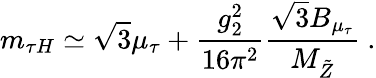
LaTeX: m_{\tau H}\simeq\sqrt{3}\mu_{\tau}+\frac{g_{2}^{2}}{16\pi^{2}}\frac{\sqrt{3}B_{\mu_{\tau}}}{M_{\tilde{Z}}}~.